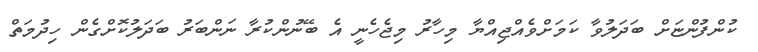
ކުންފުންޏަށް ބަދަލުވާ ކަމަށްވެއްޖިއްޔާ މިހާރު މިޖެހެނީ އެ ބޭނުންކުރާ ނަންބަރު ބަދަލުކޮށްގެން ހިދުމަތް